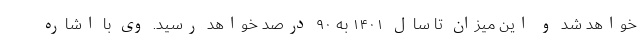
خواهد شد و این میزان تا سال ۱۴۰۱ به ۹۰ درصد خواهد رسید. وی با اشاره